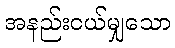
အနည်းငယ်မျှသော